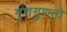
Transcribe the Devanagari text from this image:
गुणगुणतो